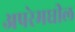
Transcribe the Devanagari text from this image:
अपरेमधील